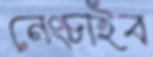
নেংচাইব